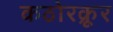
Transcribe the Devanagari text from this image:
कठोरक्रूर